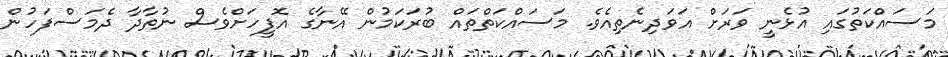
މަސައްކަތުގައި އުޅެނީ ވަރަށް އަވަދިނެތިއެވެ. މަސައްކަތްތައް ބުރަކަމުން އޭނާގެ އޮފީހަށްވެސް ނުތާދާ ދެމަސްފަހުން